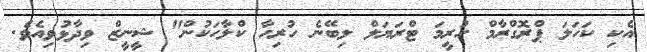
އެކި ކަހަލަ ޕްރޮގްރާމް ހުރީމަ ޓްރަޔަލް ލިބޭނެ ހުރިހާ ކްލާހަކުން" ޝީނީޒް ވިދާޅުވިއެވެ.